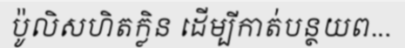
ប៉ូលិសហិតក្លិន ដើម្បីកាត់បន្ថយព...